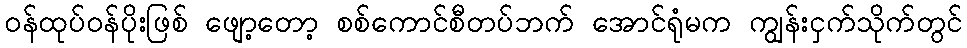
ဝန်ထုပ်ဝန်ပိုးဖြစ် ဖျော့တော့ စစ်ကောင်စီတပ်ဘက် အောင်ရုံမက ကျွန်းငှက်သိုက်တွင်